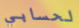
لحسابي